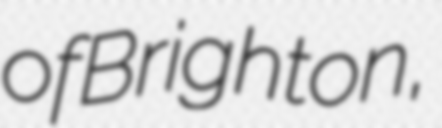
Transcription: of Brighton,